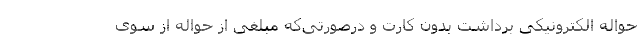
حواله الکترونیکی برداشت بدون کارت و درصورتی‌که مبلغی از حواله از سوی